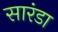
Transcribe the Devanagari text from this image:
सारंडा